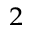
^ 2